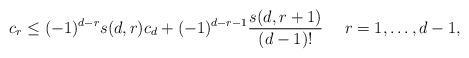
LaTeX: \begin{align*} c_r \leq (-1)^{d-r} s(d, r) c_d + (-1)^{d-r-1} \dfrac{s(d, r+1)}{(d-1)!} \ \ \ \ r = 1, \dots, d-1,\end{align*}